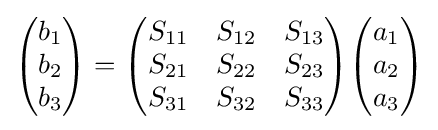
{\begin{pmatrix}b_{1}\\b_{2}\\b_{3}\end{pmatrix}}={\begin{pmatrix}S_{11}&S_{12}&S_{13}\\S_{21}&S_{22}&S_{23}\\S_{31}&S_{32}&S_{33}\end{pmatrix}}{\begin{pmatrix}a_{1}\\a_{2}\\a_{3}\end{pmatrix}}